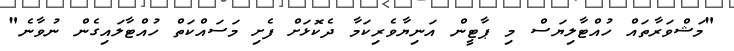
"މަޝްވަރާތައް ހުއްޓާލިޔަސް މި ޕާޓީން އަނިޔާވެރިކަމާ ދެކޮޅަށް ފެށި މަސައްކަތް ހުއްޓާލައިގެން ނުވާނެ"